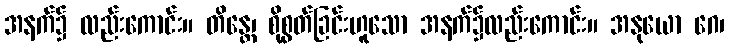
အနက်၌ လည်းကောင်း။ တိန္တေ၊ စိုစွတ်ခြင်းဟူသော အနက်၌လည်းကောင်း။ အနုယော ဂေ၊